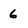
Character: 6